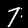
Label: 7